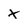
Character: X